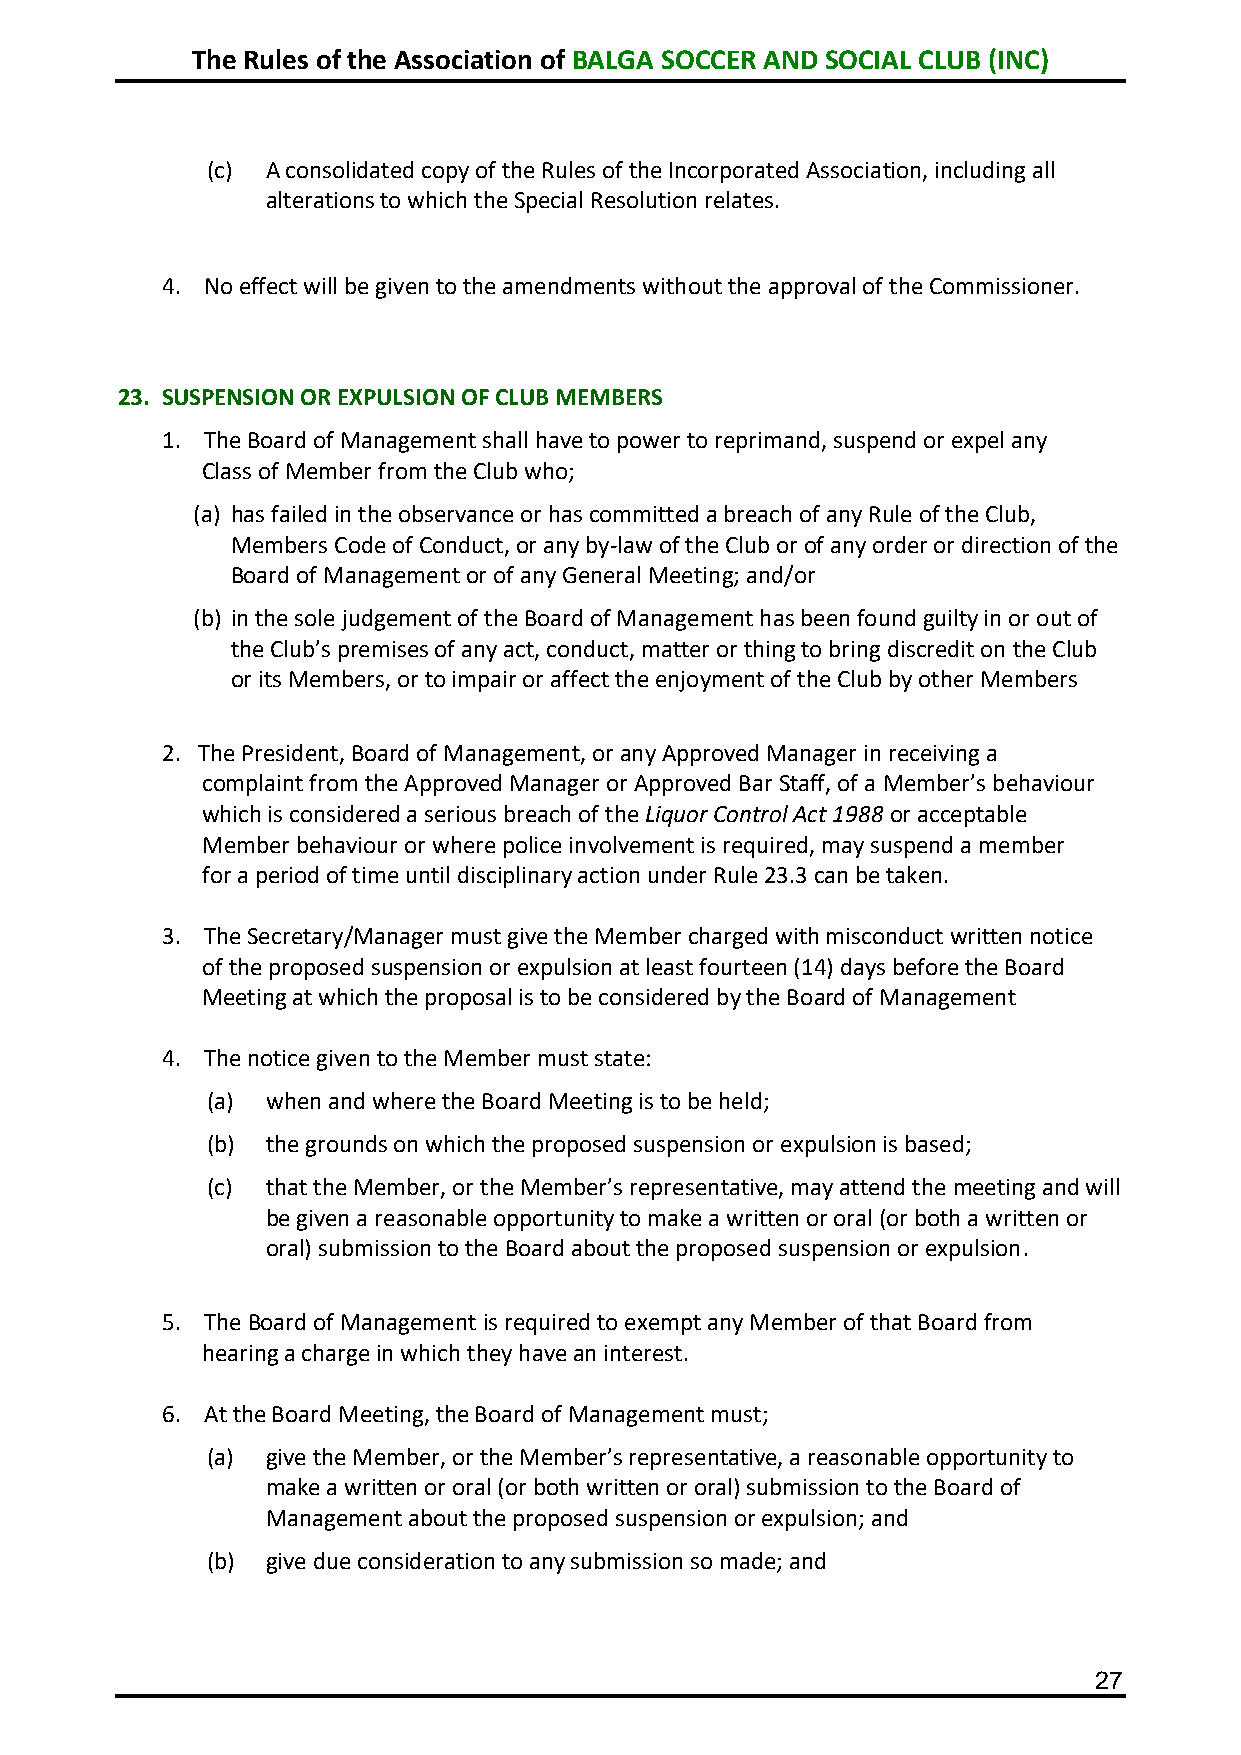
The Rules of the Association of BALGA SOCCER AND SOCIAL CLUB (INC)
 (c) A consolidated copy of the Rules of the Incorporated Association, including all
 alterations to which the Special Resolution relates.
 4. No effect will be given to the amendments without the approval of the Commissioner.
 23. SUSPENSION OR EXPULSION OF CLUB MEMBERS
 1. The Board of Management shall have to power to reprimand, suspend or expel any
 Class of Member from the Club who;
 (a) has failed in the observance or has committed a breach of any Rule of the Club,
 Members Code of Conduct, or any by-law of the Club or of any order or direction of the
 Board of Management or of any General Meeting; and/or
 (b) in the sole judgement of the Board of Management has been found guilty in or out of
 the Club’s premises of any act, conduct, matter or thing to bring discredit on the Club
 or its Members, or to impair or affect the enjoyment of the Club by other Members
 2. The President, Board of Management, or any Approved Manager in receiving a
 complaint from the Approved Manager or Approved Bar Staff, of a Member’s behaviour
 which is considered a serious breach of the Liquor Control Act 1988 or acceptable
 Member behaviour or where police involvement is required, may suspend a member
 for a period of time until disciplinary action under Rule 23.3 can be taken.
 3. The Secretary/Manager must give the Member charged with misconduct written notice
 of the proposed suspension or expulsion at least fourteen (14) days before the Board
 Meeting at which the proposal is to be considered by the Board of Management
 4. The notice given to the Member must state:
 (a) when and where the Board Meeting is to be held;
 (b) the grounds on which the proposed suspension or expulsion is based;
 (c) that the Member, or the Member’s representative, may attend the meeting and will
 be given a reasonable opportunity to make a written or oral (or both a written or
 oral) submission to the Board about the proposed suspension or expulsion.
 5. The Board of Management is required to exempt any Member of that Board from
 hearing a charge in which they have an interest.
 6. At the Board Meeting, the Board of Management must;
 (a) give the Member, or the Member’s representative, a reasonable opportunity to
 make a written or oral (or both written or oral) submission to the Board of
 Management about the proposed suspension or expulsion; and
 (b) give due consideration to any submission so made; and
 27